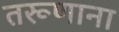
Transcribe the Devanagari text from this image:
तरूणाना